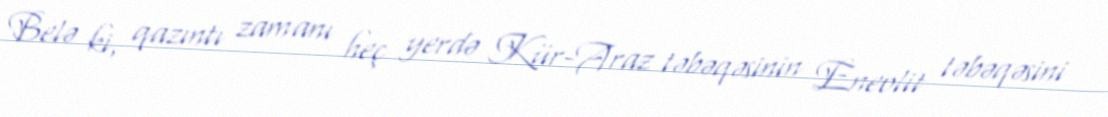
Belə ki, qazıntı zamanı heç yerdə Kür-Araz təbəqəsinin Eneolit təbəqəsini